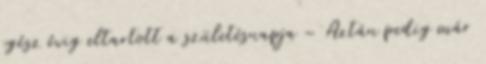
egész évig eltartott a születésnapja – Aztán pedig már